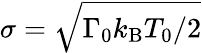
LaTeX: \sigma=\sqrt{{\Gamma_{0}k_{\mathrm{B}}T_{0}}/{2}}